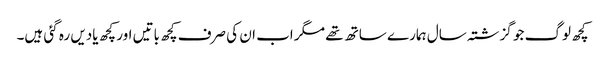
کچھ لوگ جو گزشتہ سال ہمارے ساتھ تھے مگر اب ان کی صرف کچھ باتیں اور کچھ یادیں رہ گئی ہیں۔